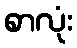
စာလုံး